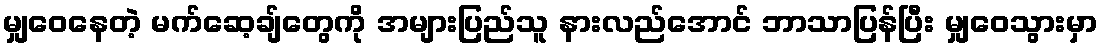
မျှဝေနေတဲ့ မက်ဆေ့ချ်တွေကို အများပြည်သူ နားလည်အောင် ဘာသာပြန်ပြီး မျှဝေသွားမှာ